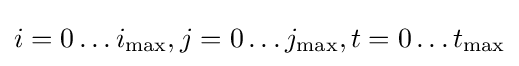
i=0\ldots i_{\max },j=0\ldots j_{\max },t=0\ldots t_{\max }